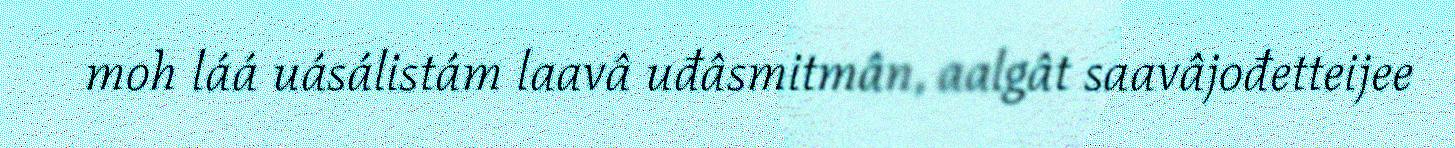
moh láá uásálistám laavâ uđâsmitmân, aalgât saavâjođetteijee